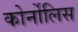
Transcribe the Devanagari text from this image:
कोर्नोलिस